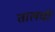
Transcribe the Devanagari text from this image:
तालची